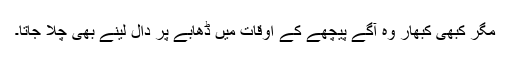
مگر کبھی کبھار وہ آگے پیچھے کے اوقات میں ڈھابے پر دال لینے بھی چلا جاتا۔